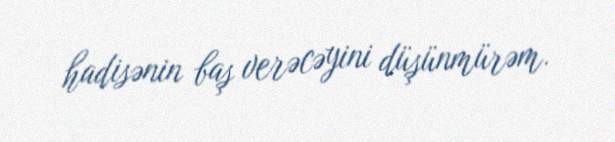
hadisənin baş verəcəyini düşünmürəm.